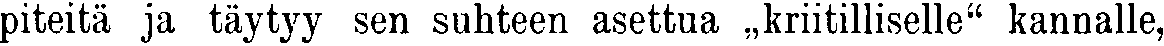
piteitä ja täytyy sen suhteen asettua „kriitilliselle" kannalle,